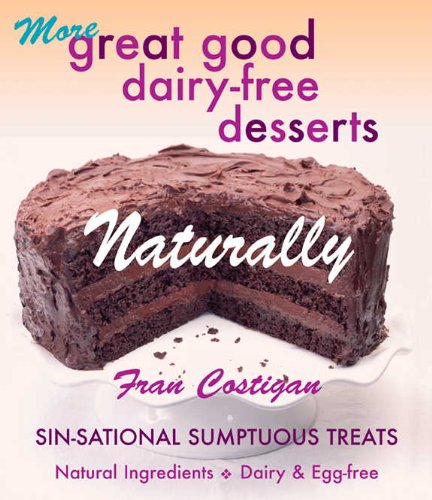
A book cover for MORE GREAT GOOD DAIRY-FREE DESSERTS NATURALLY; Fran Costigan; Health, Fitness & Dieting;